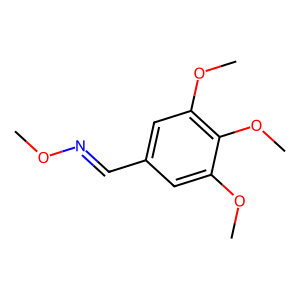
SMILES: CON=Cc1cc(OC)c(OC)c(OC)c1
Inhibits HIV replication: No